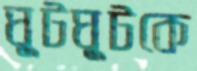
ঘুটঘুটকে